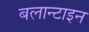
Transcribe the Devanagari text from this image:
बलान्टाइन